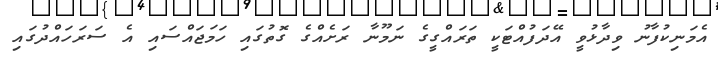
އެމަނިކުފާނު ވިދާޅުވީ އޭދަފުއްޓަކީ ތަރައްގީގެ ނަމޫނާ ރަށެއްގެ ގޮތުގައި ހަމަޖައްސައި އެ ސަރަހައްދުގައި